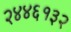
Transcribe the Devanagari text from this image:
२४४६१३२